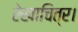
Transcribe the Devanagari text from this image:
रेखाचित्र।